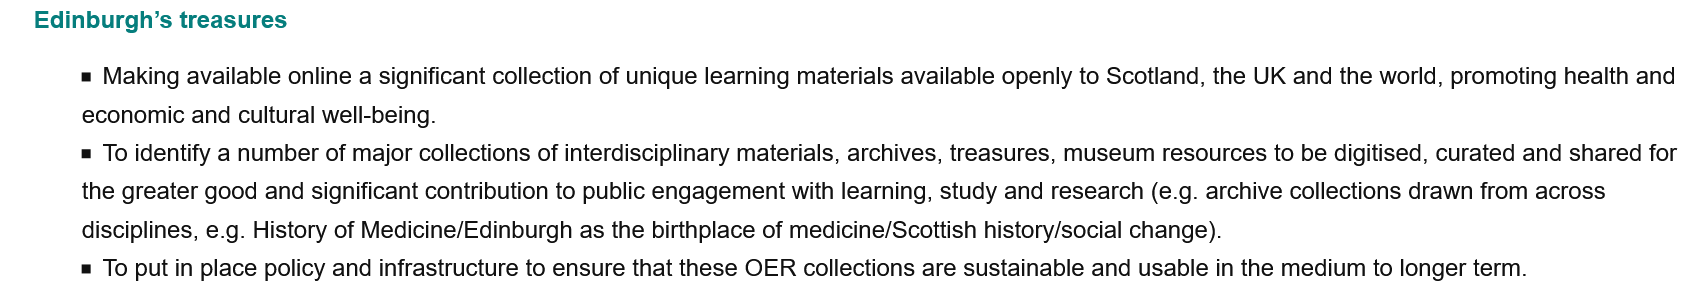
Edinburgh’s treasures
     = To identify a number of major collections of interdisciplinary materials, archives, treasures, museum resources to be digitised, curated and shared for
     the greater good and significant contribution to public engagement with learning, study and research (e.g. archive collections drawn from across
     disciplines, e.g. History of Medicine/Edinburgh as the birthplace of medicine/Scottish history/social change).
     = To put in place policy and infrastructure to ensure that these OER collections are sustainable and usable in the medium to longer term.
     = Making available online a significant collection of unique learning materials available openly to Scotland, the UK and the world, promoting health and
     economic and cultural well-being.